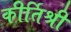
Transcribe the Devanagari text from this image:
कीर्तिश्री